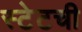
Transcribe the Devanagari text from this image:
स्टेटची